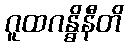
ဂူထဂန္ဓိနီတိ